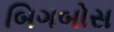
બિગબોસ